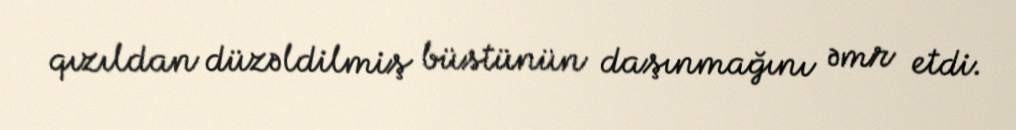
qızıldan düzəldilmiş büstünün daşınmağını əmr etdi.